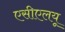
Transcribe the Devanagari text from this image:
एसीएलयू